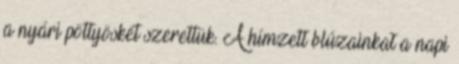
a nyári pöttyöskét szerettük. A hímzett blúzainkat a napi